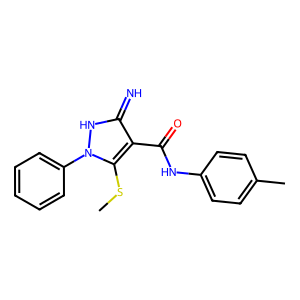
SMILES: CSc1c(C(=O)Nc2ccc(C)cc2)c(=N)[nH]n1-c1ccccc1
Inhibits HIV replication: No